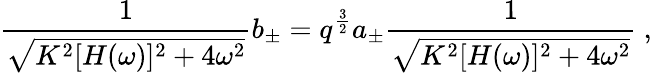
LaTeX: {\frac{1}{\sqrt{K^{2}[H(\omega)]^{2}+4\omega^{2}}}}b_{\pm}=q^{\frac{3}{2}}a_{\pm}{\frac{1}{\sqrt{K^{2}[H(\omega)]^{2}+4\omega^{2}}}}\ ,